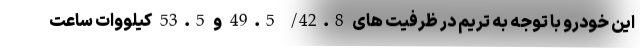
این خودرو با توجه به تریم در ظرفیت های 42.8/ 49.5 و 53.5 کیلووات ساعت